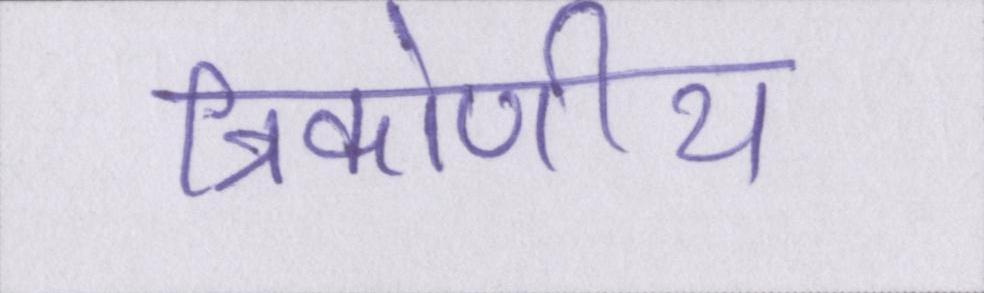
त्रिकोणीय